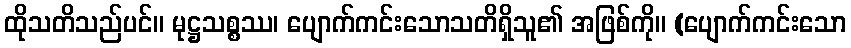
ထိုသတိသည်ပင်။ မုဋ္ဌသစ္စဿ၊ ပျောက်ကင်းသောသတိရှိသူ၏ အဖြစ်ကို။ (ပျောက်ကင်းသော